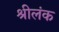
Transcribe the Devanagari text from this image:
श्रीलंक